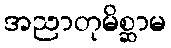
အညာတုမိစ္ဆာမ